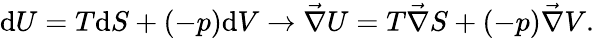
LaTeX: \mathrm{d}U=T\mathrm{d}S+(-p)\mathrm{d}V\rightarrow\vec{\nabla}U=T\vec{\nabla}S+(-p)\vec{\nabla}V.